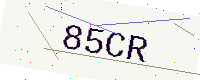
Text: 85CR